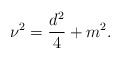
\begin{align*}\nu^2 = \frac {d^2} {4} + m^2.\end{align*}